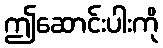
ဤဆောင်းပါးကို